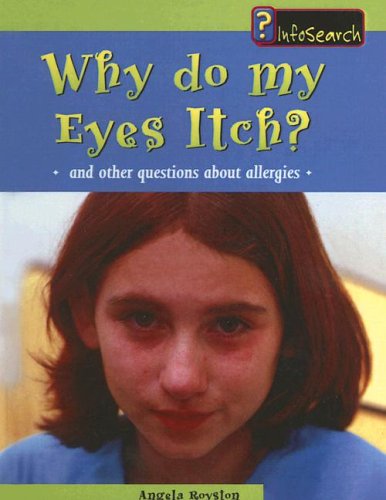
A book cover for Why Do My Eyes Itch?: And Other Questions about Allergies (Body Matters (Pb)); Angela Royston; Health, Fitness & Dieting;